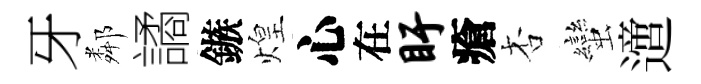
牙鄰譎鏃煌心在盱瘡杏蠻𨗁